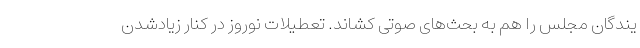
یندگان مجلس را هم به بحث‌های صوتی کشاند. تعطیلات نوروز در کنار زیادشدن